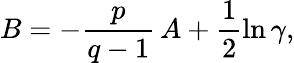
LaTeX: B=-\frac{p}{q-1}\, A+\frac 12\ln\gamma,